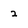
Character: 2